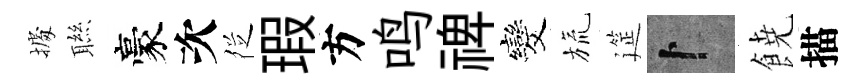
𢴃聮豪次徔瑕方鸣禆发旒筵卜𩜙描